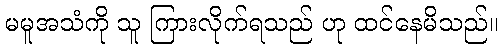
မမူအသံကို သူ ကြားလိုက်ရသည် ဟု ထင်နေမိသည်။